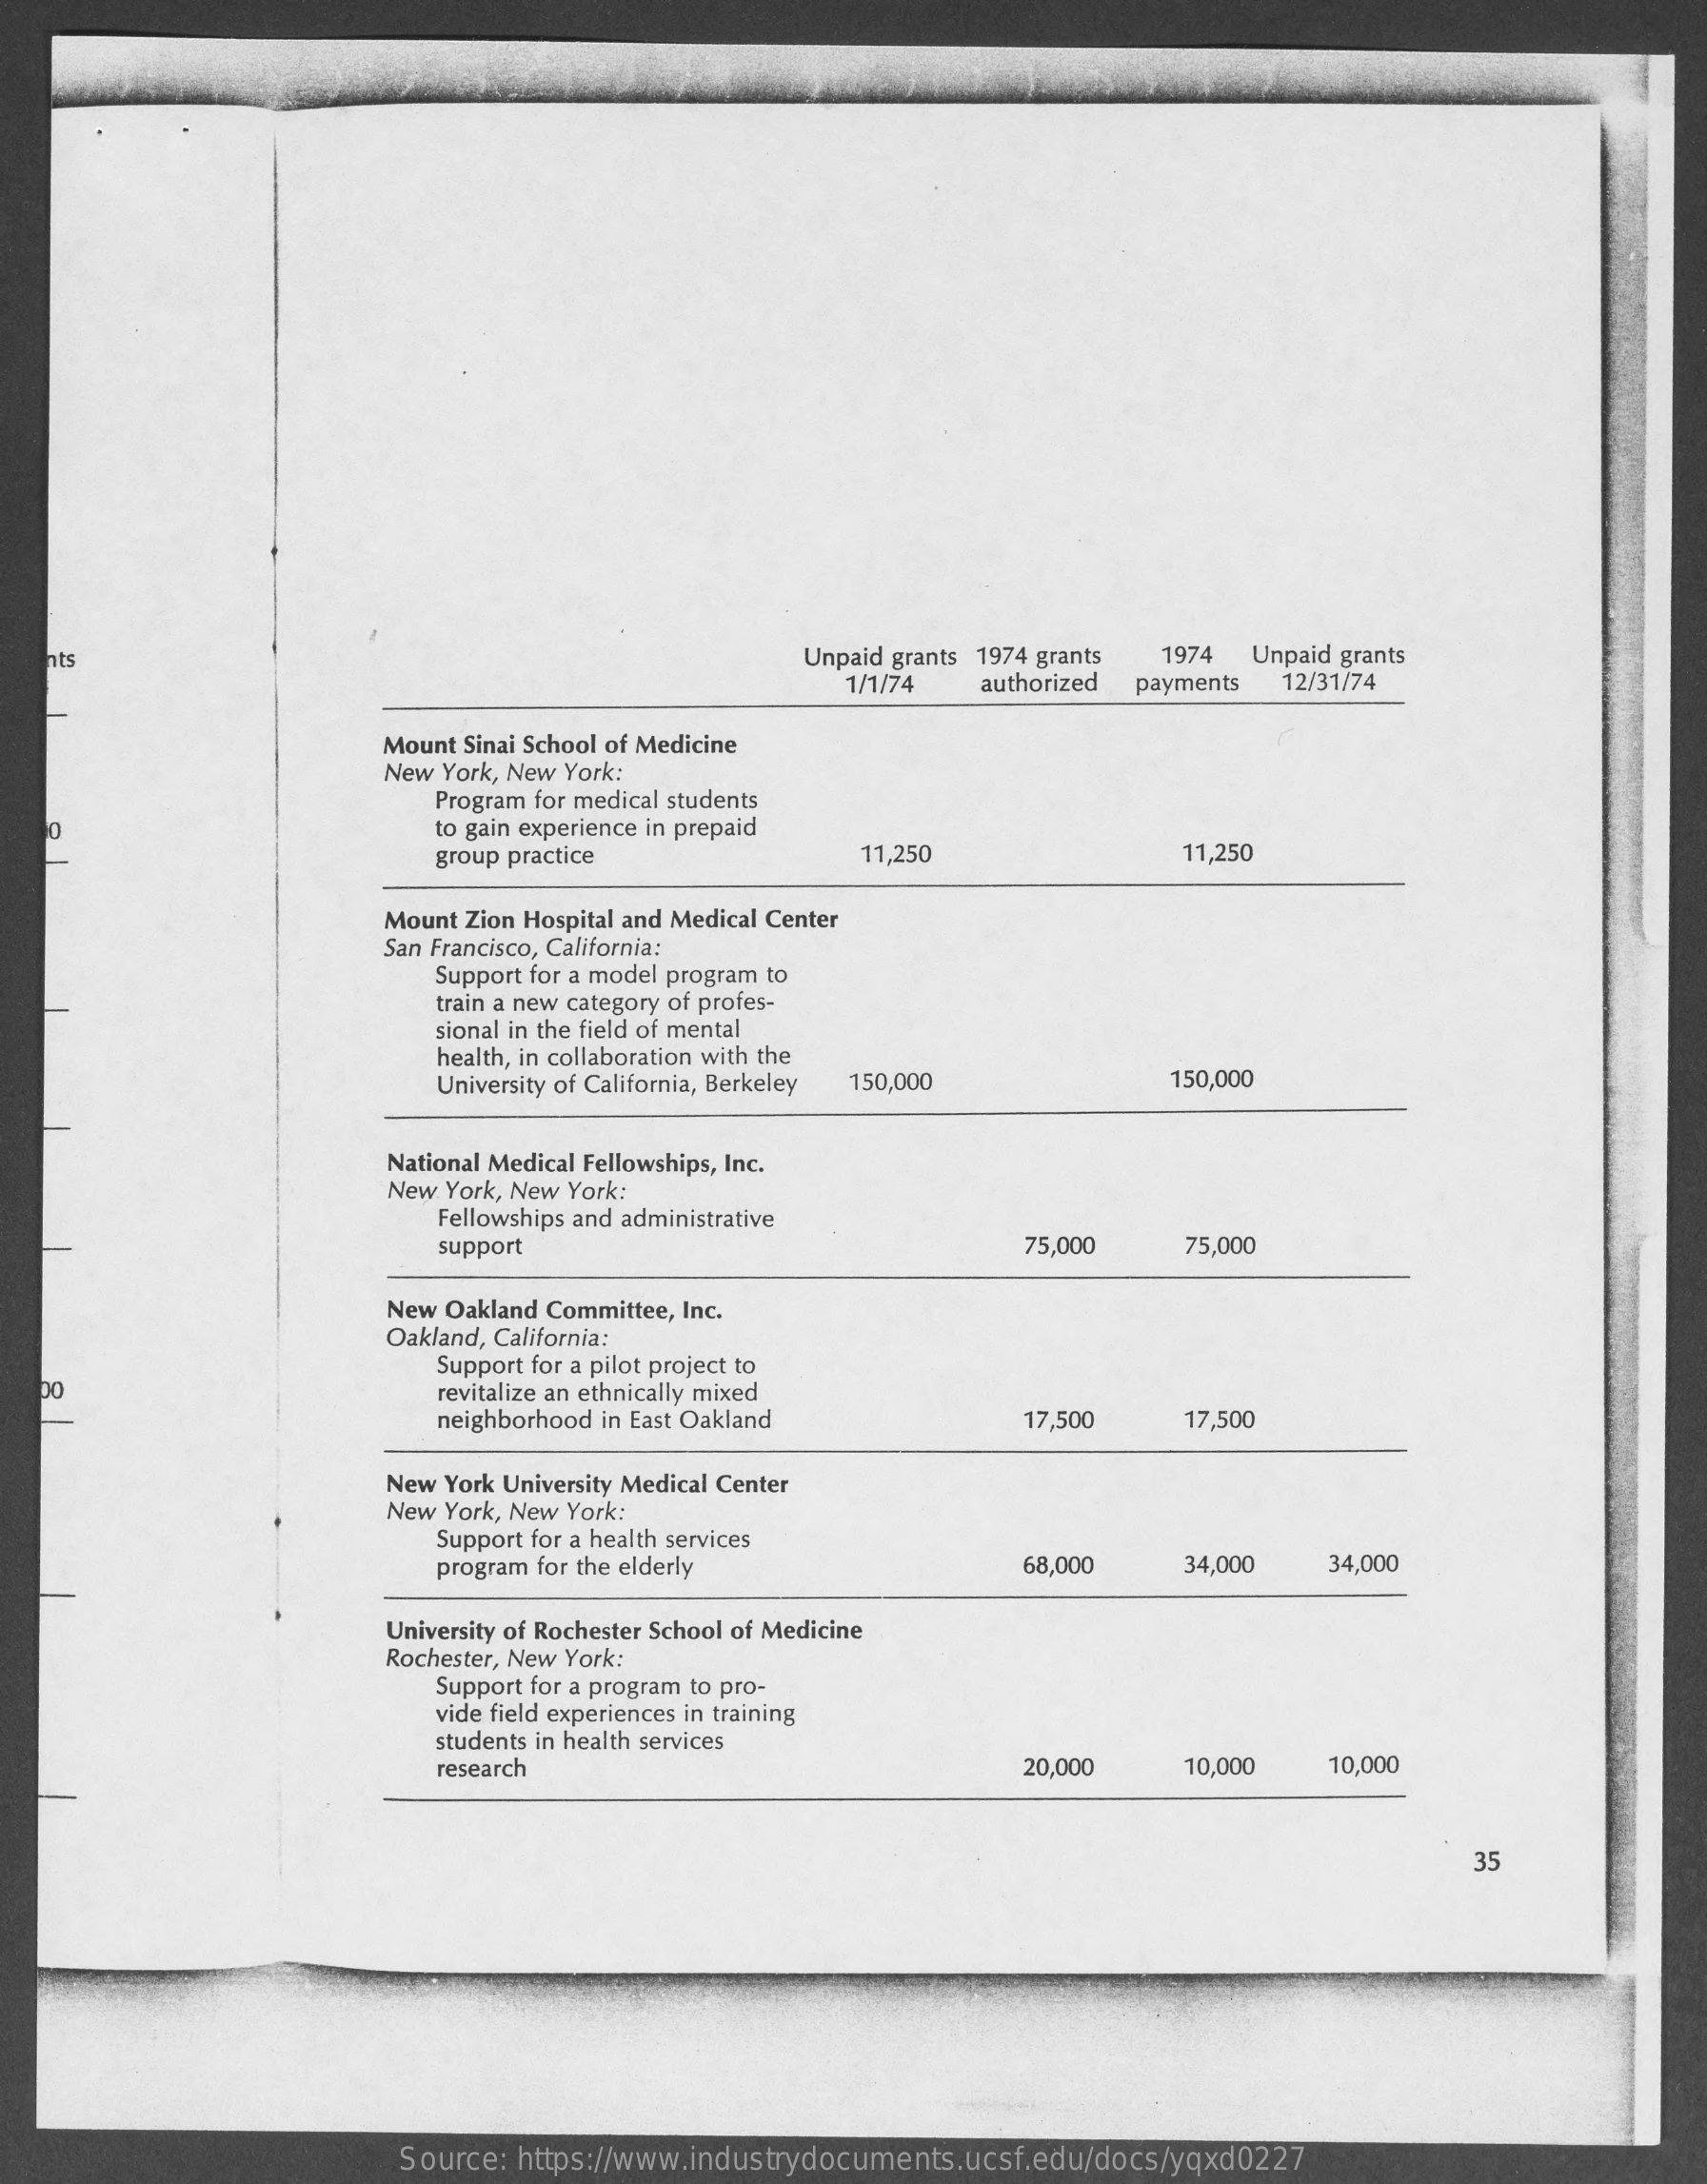
ats    Unpaid grants 1974 grants 1974 Unpaid grants
     1/1/74  authorized payments 12/31/74
     Mount Sinai School of Medicine
     New York, New York:
     Program for medical students
     to gain experience in prepaid
     group practice    11,250    11,250
     Mount Zion Hospital and Medical Center
     San Francisco, California:
     Support for a model program to
     train a new category of profes-
     sional in the field of mental
     health, in collaboration with the
     University of California, Berkeley 150,000    150,000
     National Medical Fellowships, Inc.
     New York, New York:
     Fellowships and administrative
     support    75,000    75,000
     New Oakland Committee, Inc.
     Oakland, California:
     Support for a pilot project to
   00    revitalize an ethnically mixed
     neighborhood in East Oakland    17,500    17,500
     New York University Medical Center
     New York, New York:
     Support for a health services
     program for the elderly    68,000    34,000    34,000
     University of Rochester School of Medicine
     Rochester, New York:
     Support for a program to pro-
     vide field experiences in training
     students in health services
     research    20,000    10,000   10,000
     35
     Source: https://www.industrydocuments.ucsf.edu/docs/yqxd0227